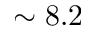
\sim 8 . 2